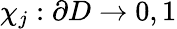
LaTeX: \chi_{j}:\partial D\rightarrow{0,1}